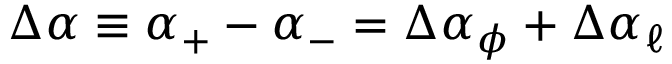
\Delta \alpha \equiv \alpha _ { + } - \alpha _ { - } = \Delta \alpha _ { \phi } + \Delta \alpha _ { \ell }